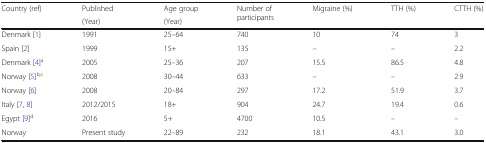
<table><thead><tr><td rowspan="2"><b>Country (ref)</b></td><td><b>Published</b></td><td><b>Age group</b></td><td rowspan="2"><b>Number of participants</b></td><td rowspan="2"><b>Migraine (%)</b></td><td rowspan="2"><b>TTH (%)</b></td><td rowspan="2"><b>CTTH (%)</b></td></tr><tr><td><b>(Year)</b></td><td><b>(Year)</b></td></tr></thead><tbody><tr><td>Denmark [1]</td><td>1991</td><td>25–64</td><td>740</td><td>10</td><td>74</td><td>3</td></tr><tr><td>Spain [2]</td><td>1999</td><td>15+</td><td>135</td><td>–</td><td>–</td><td>2.2</td></tr><tr><td>Denmark [4]<sup>a</sup></td><td>2005</td><td>25–36</td><td>207</td><td>15.5</td><td>86.5</td><td>4.8</td></tr><tr><td>Norway [5]<sup>b,c</sup></td><td>2008</td><td>30–44</td><td>633</td><td>–</td><td>–</td><td>2.9</td></tr><tr><td>Norway [6]</td><td>2008</td><td>20–84</td><td>297</td><td>17.2</td><td>51.9</td><td>3.7</td></tr><tr><td>Italy [7, 8]</td><td>2012/2015</td><td>18+</td><td>904</td><td>24.7</td><td>19.4</td><td>0.6</td></tr><tr><td>Egypt [9]<sup>d</sup></td><td>2016</td><td>5+</td><td>4700</td><td>10.5</td><td>–</td><td>–</td></tr><tr><td>Norway</td><td>Present study</td><td>22–89</td><td>232</td><td>18.1</td><td>43.1</td><td>3.0</td></tr></tbody></table>